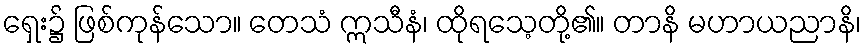
ရှေး၌ ဖြစ်ကုန်သော။ တေသံ ဣသီနံ၊ ထိုရသေ့တို့၏။ တာနိ မဟာယညာနိ၊